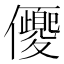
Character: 𠑍